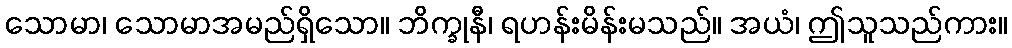
သောမာ၊ သောမာအမည်ရှိသော။ ဘိက္ခုနီ၊ ရဟန်းမိန်းမသည်။ အယံ၊ ဤသူသည်ကား။